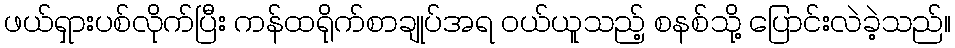
ဖယ်ရှားပစ်လိုက်ပြီး ကန်ထရိုက်စာချုပ်အရ ဝယ်ယူသည့် စနစ်သို့ ပြောင်းလဲခဲ့သည်။